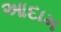
આદામ